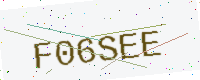
Text: F06SEE